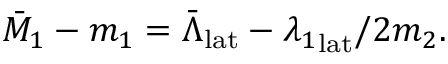
\bar { M } _ { 1 } - m _ { 1 } = \bar { \Lambda } _ { \mathrm { l a t } } - { \lambda _ { 1 } } _ { \mathrm { l a t } } / 2 m _ { 2 } .